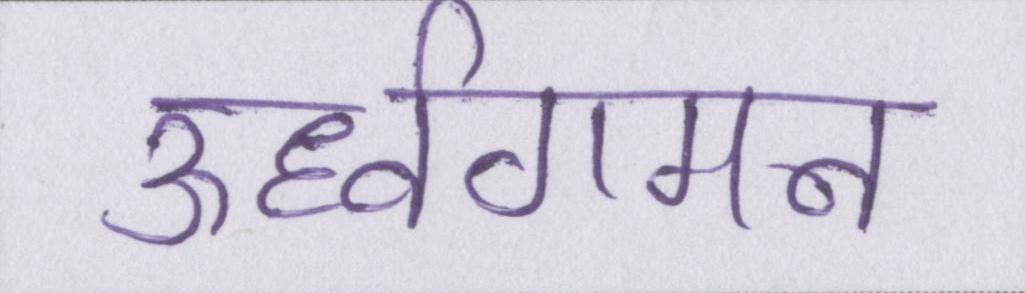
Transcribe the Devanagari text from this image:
ऊर्ध्वगमन